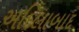
અદિલાબાદ